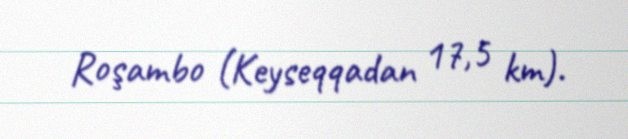
Roşambo (Keyseqqadan 17,5 km).